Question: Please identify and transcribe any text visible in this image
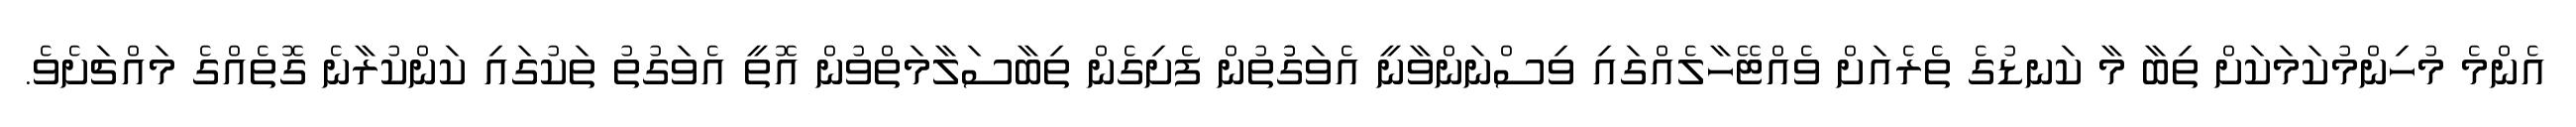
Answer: އެންމެ މުހިންމުކަމަކަށް ތިބާ މާ ކަނޑުގެ ތެރެއަށް ވެއްޓޭހާލެއްގައި ވިސްނަންވާނީ އެވަގުުތުން ފެށިގެން ތިބާސަލާމަތްވުން އޮތީ އެވަގުތު ތަކުގައި ކަންކުރާނެ ގޮތެއްގެ މައްޗަށެވެ.